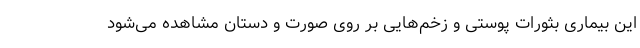
این بیماری بثورات پوستی و زخم‌هایی بر روی صورت و دستان مشاهده می‌شود